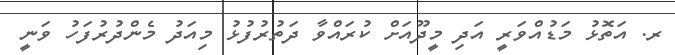
ރ. އަތޮޅުު މަޑުއްވަރީ އަދި މީދޫއަށް ކުރައްވާ ދަތުރުފުޅު މިއަދު މެންދުރުފަހު ވަނީ